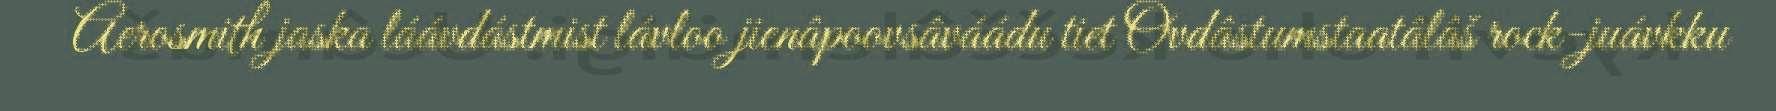
Aerosmith jaska láávdástmist lávloo jienâpoovsâváádu tiet Ovdâstumstaatâlâš rock-juávkku